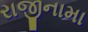
રાજીનામા